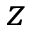
z